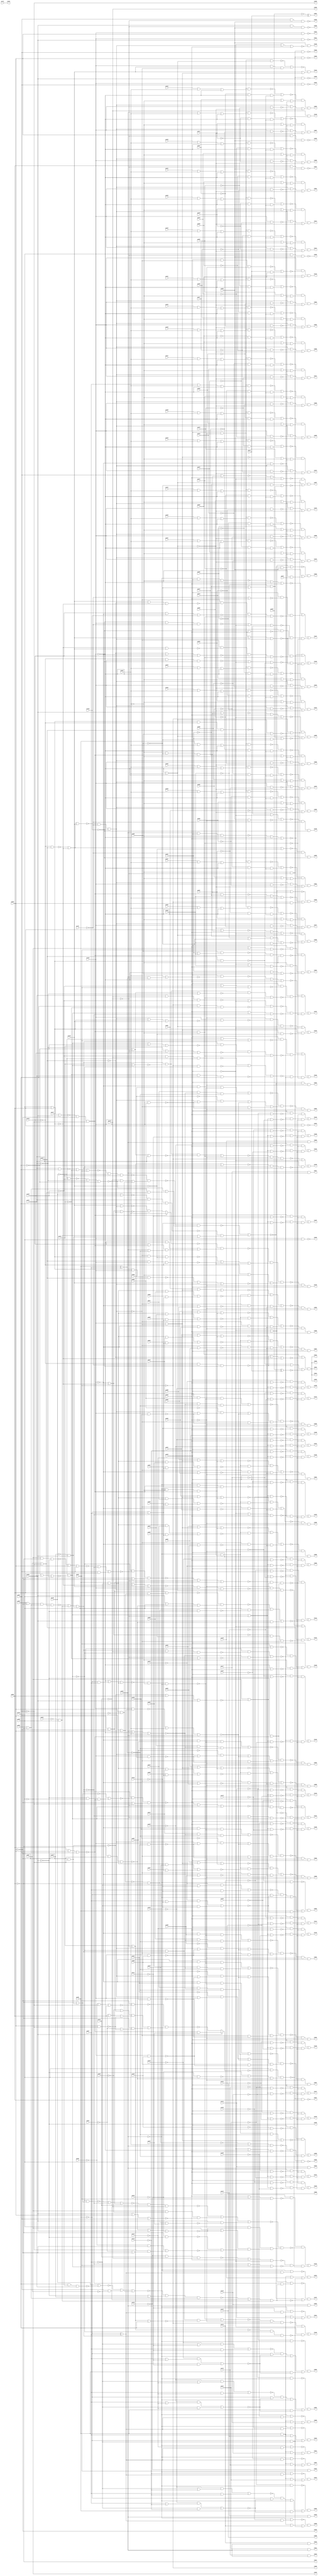
// Benchmark "frg2" written by ABC on Thu Mar 19 13:02:36 2020

module frg2 ( 
    pi000, pi001, pi002, pi003, pi004, pi005, pi006, pi007, pi008, pi009,
    pi010, pi011, pi012, pi013, pi014, pi015, pi016, pi017, pi018, pi019,
    pi020, pi021, pi022, pi023, pi024, pi025, pi026, pi027, pi028, pi029,
    pi030, pi031, pi032, pi033, pi034, pi035, pi036, pi037, pi038, pi039,
    pi040, pi041, pi042, pi043, pi044, pi045, pi046, pi047, pi048, pi049,
    pi050, pi051, pi052, pi053, pi054, pi055, pi056, pi057, pi058, pi059,
    pi060, pi061, pi062, pi063, pi064, pi065, pi066, pi067, pi068, pi069,
    pi070, pi071, pi072, pi073, pi074, pi075, pi076, pi077, pi078, pi079,
    pi080, pi081, pi082, pi083, pi084, pi085, pi086, pi087, pi088, pi089,
    pi090, pi091, pi092, pi093, pi094, pi095, pi096, pi097, pi098, pi099,
    pi100, pi101, pi102, pi103, pi104, pi105, pi106, pi107, pi108, pi109,
    pi110, pi111, pi112, pi113, pi114, pi115, pi116, pi117, pi118, pi119,
    pi120, pi121, pi122, pi123, pi124, pi125, pi126, pi127, pi128, pi129,
    pi130, pi131, pi132, pi133, pi134, pi135, pi136, pi137, pi138, pi139,
    pi140, pi141, pi142,
    po000, po001, po002, po003, po004, po005, po006, po007, po008, po009,
    po010, po011, po012, po013, po014, po015, po016, po017, po018, po019,
    po020, po021, po022, po023, po024, po025, po026, po027, po028, po029,
    po030, po031, po032, po033, po034, po035, po036, po037, po038, po039,
    po040, po041, po042, po043, po044, po045, po046, po047, po048, po049,
    po050, po051, po052, po053, po054, po055, po056, po057, po058, po059,
    po060, po061, po062, po063, po064, po065, po066, po067, po068, po069,
    po070, po071, po072, po073, po074, po075, po076, po077, po078, po079,
    po080, po081, po082, po083, po084, po085, po086, po087, po088, po089,
    po090, po091, po092, po093, po094, po095, po096, po097, po098, po099,
    po100, po101, po102, po103, po104, po105, po106, po107, po108, po109,
    po110, po111, po112, po113, po114, po115, po116, po117, po118, po119,
    po120, po121, po122, po123, po124, po125, po126, po127, po128, po129,
    po130, po131, po132, po133, po134, po135, po136, po137, po138  );
  input  pi000, pi001, pi002, pi003, pi004, pi005, pi006, pi007, pi008,
    pi009, pi010, pi011, pi012, pi013, pi014, pi015, pi016, pi017, pi018,
    pi019, pi020, pi021, pi022, pi023, pi024, pi025, pi026, pi027, pi028,
    pi029, pi030, pi031, pi032, pi033, pi034, pi035, pi036, pi037, pi038,
    pi039, pi040, pi041, pi042, pi043, pi044, pi045, pi046, pi047, pi048,
    pi049, pi050, pi051, pi052, pi053, pi054, pi055, pi056, pi057, pi058,
    pi059, pi060, pi061, pi062, pi063, pi064, pi065, pi066, pi067, pi068,
    pi069, pi070, pi071, pi072, pi073, pi074, pi075, pi076, pi077, pi078,
    pi079, pi080, pi081, pi082, pi083, pi084, pi085, pi086, pi087, pi088,
    pi089, pi090, pi091, pi092, pi093, pi094, pi095, pi096, pi097, pi098,
    pi099, pi100, pi101, pi102, pi103, pi104, pi105, pi106, pi107, pi108,
    pi109, pi110, pi111, pi112, pi113, pi114, pi115, pi116, pi117, pi118,
    pi119, pi120, pi121, pi122, pi123, pi124, pi125, pi126, pi127, pi128,
    pi129, pi130, pi131, pi132, pi133, pi134, pi135, pi136, pi137, pi138,
    pi139, pi140, pi141, pi142;
  output po000, po001, po002, po003, po004, po005, po006, po007, po008, po009,
    po010, po011, po012, po013, po014, po015, po016, po017, po018, po019,
    po020, po021, po022, po023, po024, po025, po026, po027, po028, po029,
    po030, po031, po032, po033, po034, po035, po036, po037, po038, po039,
    po040, po041, po042, po043, po044, po045, po046, po047, po048, po049,
    po050, po051, po052, po053, po054, po055, po056, po057, po058, po059,
    po060, po061, po062, po063, po064, po065, po066, po067, po068, po069,
    po070, po071, po072, po073, po074, po075, po076, po077, po078, po079,
    po080, po081, po082, po083, po084, po085, po086, po087, po088, po089,
    po090, po091, po092, po093, po094, po095, po096, po097, po098, po099,
    po100, po101, po102, po103, po104, po105, po106, po107, po108, po109,
    po110, po111, po112, po113, po114, po115, po116, po117, po118, po119,
    po120, po121, po122, po123, po124, po125, po126, po127, po128, po129,
    po130, po131, po132, po133, po134, po135, po136, po137, po138;
  wire new_n418_, new_n419_, new_n420_, new_n421_, new_n422_, new_n423_,
    new_n424_, new_n425_, new_n426_, new_n427_, new_n428_, new_n429_,
    new_n430_, new_n431_, new_n432_, new_n433_, new_n434_, new_n435_,
    new_n436_, new_n437_, new_n438_, new_n439_, new_n440_, new_n441_,
    new_n442_, new_n443_, new_n444_, new_n445_, new_n446_, new_n447_,
    new_n448_, new_n449_, new_n450_, new_n451_, new_n452_, new_n453_,
    new_n454_, new_n455_, new_n456_, new_n457_, new_n458_, new_n459_,
    new_n460_, new_n461_, new_n462_, new_n463_, new_n464_, new_n465_,
    new_n466_, new_n467_, new_n468_, new_n469_, new_n470_, new_n471_,
    new_n472_, new_n473_, new_n474_, new_n475_, new_n476_, new_n477_,
    new_n478_, new_n479_, new_n480_, new_n481_, new_n482_, new_n483_,
    new_n484_, new_n485_, new_n486_, new_n487_, new_n488_, new_n489_,
    new_n490_, new_n491_, new_n492_, new_n493_, new_n494_, new_n495_,
    new_n496_, new_n497_, new_n498_, new_n499_, new_n500_, new_n501_,
    new_n502_, new_n503_, new_n504_, new_n505_, new_n506_, new_n507_,
    new_n508_, new_n509_, new_n510_, new_n511_, new_n512_, new_n513_,
    new_n514_, new_n515_, new_n516_, new_n517_, new_n518_, new_n519_,
    new_n520_, new_n521_, new_n522_, new_n523_, new_n524_, new_n525_,
    new_n526_, new_n527_, new_n528_, new_n529_, new_n530_, new_n531_,
    new_n532_, new_n533_, new_n534_, new_n535_, new_n536_, new_n537_,
    new_n538_, new_n539_, new_n540_, new_n541_, new_n542_, new_n543_,
    new_n544_, new_n545_, new_n546_, new_n547_, new_n548_, new_n549_,
    new_n550_, new_n551_, new_n552_, new_n553_, new_n554_, new_n555_,
    new_n556_, new_n557_, new_n558_, new_n559_, new_n560_, new_n561_,
    new_n562_, new_n563_, new_n564_, new_n565_, new_n566_, new_n567_,
    new_n568_, new_n569_, new_n570_, new_n571_, new_n572_, new_n573_,
    new_n574_, new_n575_, new_n576_, new_n577_, new_n578_, new_n579_,
    new_n580_, new_n581_, new_n582_, new_n583_, new_n584_, new_n585_,
    new_n586_, new_n587_, new_n588_, new_n589_, new_n590_, new_n591_,
    new_n592_, new_n593_, new_n594_, new_n595_, new_n596_, new_n597_,
    new_n598_, new_n599_, new_n600_, new_n601_, new_n602_, new_n603_,
    new_n604_, new_n605_, new_n606_, new_n607_, new_n608_, new_n609_,
    new_n610_, new_n611_, new_n612_, new_n613_, new_n614_, new_n615_,
    new_n616_, new_n617_, new_n618_, new_n619_, new_n620_, new_n621_,
    new_n622_, new_n623_, new_n624_, new_n625_, new_n626_, new_n627_,
    new_n628_, new_n629_, new_n630_, new_n631_, new_n632_, new_n633_,
    new_n634_, new_n635_, new_n636_, new_n637_, new_n638_, new_n639_,
    new_n640_, new_n641_, new_n642_, new_n643_, new_n644_, new_n645_,
    new_n646_, new_n647_, new_n648_, new_n649_, new_n650_, new_n651_,
    new_n652_, new_n653_, new_n654_, new_n655_, new_n656_, new_n657_,
    new_n658_, new_n659_, new_n660_, new_n661_, new_n662_, new_n663_,
    new_n664_, new_n665_, new_n666_, new_n667_, new_n668_, new_n669_,
    new_n670_, new_n671_, new_n672_, new_n673_, new_n674_, new_n675_,
    new_n676_, new_n677_, new_n678_, new_n679_, new_n680_, new_n681_,
    new_n682_, new_n683_, new_n684_, new_n685_, new_n686_, new_n687_,
    new_n688_, new_n689_, new_n690_, new_n691_, new_n692_, new_n693_,
    new_n694_, new_n695_, new_n696_, new_n697_, new_n698_, new_n699_,
    new_n700_, new_n701_, new_n702_, new_n703_, new_n704_, new_n705_,
    new_n706_, new_n707_, new_n708_, new_n709_, new_n710_, new_n711_,
    new_n712_, new_n713_, new_n714_, new_n715_, new_n716_, new_n717_,
    new_n718_, new_n719_, new_n720_, new_n721_, new_n722_, new_n723_,
    new_n724_, new_n725_, new_n726_, new_n727_, new_n728_, new_n729_,
    new_n730_, new_n731_, new_n732_, new_n733_, new_n734_, new_n735_,
    new_n736_, new_n737_, new_n738_, new_n739_, new_n740_, new_n741_,
    new_n742_, new_n743_, new_n744_, new_n745_, new_n746_, new_n747_,
    new_n748_, new_n749_, new_n750_, new_n751_, new_n752_, new_n753_,
    new_n754_, new_n755_, new_n756_, new_n757_, new_n758_, new_n759_,
    new_n760_, new_n761_, new_n762_, new_n763_, new_n764_, new_n765_,
    new_n766_, new_n767_, new_n768_, new_n769_, new_n770_, new_n771_,
    new_n772_, new_n773_, new_n774_, new_n775_, new_n776_, new_n777_,
    new_n778_, new_n779_, new_n780_, new_n781_, new_n782_, new_n783_,
    new_n784_, new_n785_, new_n786_, new_n787_, new_n788_, new_n789_,
    new_n790_, new_n791_, new_n792_, new_n793_, new_n794_, new_n795_,
    new_n796_, new_n797_, new_n798_, new_n799_, new_n800_, new_n801_,
    new_n802_, new_n803_, new_n804_;
  assign po000 = ~pi057;
  assign po001 = ~new_n750_ & ((~new_n748_ & (~pi036 | ~new_n749_)) | ~pi038 | (pi036 & ~new_n749_));
  assign po002 = ~new_n753_ & ((~new_n751_ & (~pi036 | ~new_n752_)) | ~pi038 | (pi036 & ~new_n752_));
  assign po003 = ~new_n756_ & ((~new_n754_ & (~pi036 | ~new_n755_)) | ~pi038 | (pi036 & ~new_n755_));
  assign po004 = ~new_n759_ & ((~new_n757_ & (~pi036 | ~new_n758_)) | ~pi038 | (pi036 & ~new_n758_));
  assign po007 = ~new_n760_ & ((pi036 & pi037) | pi115 | (~pi036 & ~pi037));
  assign po008 = ~new_n761_ & ((pi036 & pi037) | pi116 | (~pi036 & ~pi037));
  assign po009 = ~new_n762_ & ((pi036 & pi037) | pi117 | (~pi036 & ~pi037));
  assign po010 = ~new_n763_ & ((pi036 & pi037) | pi118 | (~pi036 & ~pi037));
  assign po011 = ~new_n764_ & ((pi036 & pi037) | pi119 | (~pi036 & ~pi037));
  assign po012 = ~new_n765_ & ((pi036 & pi037) | pi120 | (~pi036 & ~pi037));
  assign po013 = ~new_n766_ & ((pi036 & pi037) | pi121 | (~pi036 & ~pi037));
  assign po014 = ~new_n767_ & ((pi036 & pi037) | pi122 | (~pi036 & ~pi037));
  assign po015 = pi115 & pi038;
  assign po016 = pi116 & pi038;
  assign po017 = pi117 & pi038;
  assign po018 = pi118 & pi038;
  assign po019 = pi119 & pi038;
  assign po020 = pi120 & pi038;
  assign po021 = pi121 & pi038;
  assign po022 = pi122 & pi038;
  assign po023 = ~pi138 & pi057;
  assign po025 = ~new_n768_;
  assign po026 = ~new_n769_;
  assign po027 = ~new_n770_;
  assign po028 = ~new_n771_;
  assign po029 = ~new_n772_;
  assign po030 = (pi064 | ~new_n775_) & (~new_n682_ | ~new_n773_ | ~new_n774_);
  assign po031 = (pi064 | ~new_n775_) & (~new_n682_ | ~new_n773_ | ~new_n774_);
  assign po032 = (pi064 | ~new_n775_) & (~new_n682_ | ~new_n773_ | ~new_n774_);
  assign po033 = (pi064 | ~new_n775_) & (~new_n682_ | ~new_n773_ | ~new_n774_);
  assign po034 = (pi064 | ~new_n775_) & (~new_n682_ | ~new_n773_ | ~new_n774_);
  assign po035 = ~new_n776_;
  assign po036 = ~new_n777_;
  assign po037 = ~new_n778_;
  assign po038 = ~new_n779_;
  assign po039 = ~new_n780_;
  assign po040 = ~new_n781_;
  assign po041 = ~new_n782_;
  assign po042 = ~new_n783_;
  assign po043 = ~new_n784_;
  assign po044 = ~new_n785_;
  assign po045 = ~pi058;
  assign po046 = ~pi059;
  assign po047 = ~pi060;
  assign po048 = ~pi061;
  assign po049 = ~pi062;
  assign po051 = ~pi056 ^ pi137;
  assign po052 = ~new_n786_ & ~pi131 & ~pi130;
  assign po053 = pi040 & ~new_n418_ & ~pi042;
  assign po054 = (pi040 & ~new_n421_ & ~new_n422_) | (~pi039 & ~new_n419_ & ~new_n420_);
  assign po055 = ~new_n427_ & (~pi057 | ~new_n426_) & (~new_n424_ | pi039 | ~new_n425_);
  assign po056 = ~new_n430_ & (~pi057 | ~new_n426_) & (~new_n424_ | pi039 | ~new_n429_);
  assign po057 = ~new_n433_ & (~pi057 | ~new_n426_) & (~new_n424_ | pi039 | ~new_n432_);
  assign po058 = ~new_n436_ & (~new_n435_ | (~pi057 & pi062));
  assign po059 = ~new_n438_ & (pi063 | (~pi039 & pi041));
  assign po060 = ~new_n442_ & (pi064 | ~pi039 | ~new_n441_) & (new_n445_ | ~new_n439_ | ~new_n440_);
  assign po061 = ~new_n447_ & (pi065 | ~pi039 | ~new_n441_) & (new_n445_ | ~new_n446_ | ~new_n440_);
  assign po062 = ~new_n450_ & (pi066 | ~pi039 | ~new_n441_) & (new_n445_ | ~new_n449_ | ~new_n440_);
  assign po063 = ~new_n453_ & (pi067 | ~pi039 | ~new_n441_) & (new_n445_ | ~new_n452_ | ~new_n440_);
  assign po064 = ~new_n456_ & (pi068 | ~pi039 | ~new_n441_) & (new_n445_ | ~new_n455_ | ~new_n440_);
  assign po065 = ~new_n459_ & (pi069 | ~pi039 | ~new_n441_) & (new_n445_ | ~new_n458_ | ~new_n440_);
  assign po066 = ~new_n462_ & (pi070 | ~pi039 | ~new_n441_) & (new_n445_ | ~new_n461_ | ~new_n440_);
  assign po067 = ~new_n465_ & (pi071 | ~pi039 | ~new_n441_) & (new_n445_ | ~new_n464_ | ~new_n440_);
  assign po068 = ~new_n468_ & (pi072 | ~pi039 | ~new_n441_) & (new_n445_ | ~new_n467_ | ~new_n440_);
  assign po069 = ~new_n471_ & (pi073 | ~pi039 | ~new_n441_) & (new_n445_ | ~new_n470_ | ~new_n440_);
  assign po070 = ~new_n474_ & (pi074 | ~pi039 | ~new_n441_) & (new_n445_ | ~new_n473_ | ~new_n440_);
  assign po071 = ~new_n477_ & (pi075 | ~pi039 | ~new_n441_) & (new_n445_ | ~new_n476_ | ~new_n440_);
  assign po072 = ~new_n480_ & (pi076 | ~pi039 | ~new_n441_) & (new_n445_ | ~new_n479_ | ~new_n440_);
  assign po073 = ~new_n483_ & (pi077 | ~pi039 | ~new_n441_) & (new_n445_ | ~new_n482_ | ~new_n440_);
  assign po074 = ~new_n486_ & (pi078 | ~pi039 | ~new_n441_) & (new_n445_ | ~new_n485_ | ~new_n440_);
  assign po075 = ~new_n489_ & (pi079 | ~pi039 | ~new_n441_) & (new_n445_ | ~new_n488_ | ~new_n440_);
  assign po076 = ~new_n492_ & (pi080 | ~pi039 | ~new_n441_) & (new_n445_ | ~new_n491_ | ~new_n440_);
  assign po077 = ~new_n495_ & (pi081 | ~pi039 | ~new_n441_) & (new_n445_ | ~new_n494_ | ~new_n440_);
  assign po078 = ~new_n498_ & (pi082 | ~pi039 | ~new_n441_) & (new_n445_ | ~new_n497_ | ~new_n440_);
  assign po079 = ~new_n501_ & (pi083 | ~pi039 | ~new_n441_) & (new_n445_ | ~new_n500_ | ~new_n440_);
  assign po080 = ~new_n504_ & (pi084 | ~pi039 | ~new_n441_) & (new_n445_ | ~new_n503_ | ~new_n440_);
  assign po081 = ~new_n507_ & (pi085 | ~pi039 | ~new_n441_) & (new_n445_ | ~new_n506_ | ~new_n440_);
  assign po082 = ~new_n510_ & (pi086 | ~pi039 | ~new_n441_) & (new_n445_ | ~new_n509_ | ~new_n440_);
  assign po083 = ~new_n512_ & ~pi042 & pi040;
  assign po084 = ~new_n517_ & ~pi042 & pi040;
  assign po085 = ~new_n521_ & ~pi042 & pi040;
  assign po086 = ~new_n525_ & ~pi042 & pi040;
  assign po087 = ~new_n529_ & ~pi042 & pi040;
  assign po088 = ~new_n533_ & ~pi042 & pi040;
  assign po089 = ~new_n537_ & ~pi042 & pi040;
  assign po090 = ~new_n541_ & ~pi042 & pi040;
  assign po091 = ~new_n545_ & ~pi042 & pi040;
  assign po092 = ~new_n554_ & ~pi042 & pi040;
  assign po093 = ~new_n557_ & ~pi042 & pi040;
  assign po094 = ~new_n560_ & ~pi042 & pi040;
  assign po095 = ~new_n563_ & ~pi042 & pi040;
  assign po096 = ~new_n566_ & ~pi042 & pi040;
  assign po097 = ~new_n569_ & ~pi042 & pi040;
  assign po098 = (pi040 & ~new_n574_ & ~new_n575_) | (~new_n572_ & ~new_n573_ & ~new_n550_);
  assign po099 = (pi040 & ~new_n579_ & ~new_n580_) | (~new_n576_ & ~new_n577_ & ~new_n578_);
  assign po100 = (pi040 & ~new_n597_ & ~new_n580_) | (~new_n576_ & ~new_n596_ & ~new_n578_);
  assign po101 = (pi040 & ~new_n599_ & ~new_n580_) | (~new_n576_ & ~new_n598_ & ~new_n578_);
  assign po102 = (pi040 & ~new_n601_ & ~new_n580_) | (~new_n576_ & ~new_n600_ & ~new_n578_);
  assign po103 = (pi040 & ~new_n603_ & ~new_n580_) | (~new_n576_ & ~new_n602_ & ~new_n578_);
  assign po104 = (pi040 & ~new_n605_ & ~new_n580_) | (~new_n576_ & ~new_n604_ & ~new_n578_);
  assign po105 = (pi040 & ~new_n607_ & ~new_n580_) | (~new_n576_ & ~new_n606_ & ~new_n578_);
  assign po106 = (pi040 & ~new_n609_ & ~new_n580_) | (~new_n576_ & ~new_n608_ & ~new_n578_);
  assign po107 = (pi040 & ~new_n611_ & ~new_n580_) | (~new_n576_ & ~new_n610_ & ~new_n578_);
  assign po108 = (pi040 & ~new_n613_ & ~new_n580_) | (~new_n576_ & ~new_n612_ & ~new_n578_);
  assign po109 = (pi040 & ~new_n615_ & ~new_n580_) | (~new_n576_ & ~new_n614_ & ~new_n578_);
  assign po110 = (pi040 & ~new_n617_ & ~new_n580_) | (~new_n576_ & ~new_n616_ & ~new_n578_);
  assign po111 = (pi040 & ~new_n619_ & ~new_n580_) | (~new_n576_ & ~new_n618_ & ~new_n578_);
  assign po112 = (pi040 & ~new_n621_ & ~new_n580_) | (~new_n576_ & ~new_n620_ & ~new_n578_);
  assign po113 = (pi040 & ~new_n623_ & ~new_n580_) | (~new_n576_ & ~new_n622_ & ~new_n578_);
  assign po114 = (pi040 & ~new_n625_ & ~new_n580_) | (~new_n576_ & ~new_n624_ & ~new_n578_);
  assign po115 = (pi040 & ~new_n627_ & ~new_n580_) | (~new_n576_ & ~new_n626_ & ~new_n578_);
  assign po116 = (pi040 & ~new_n629_ & ~new_n580_) | (~new_n576_ & ~new_n628_ & ~new_n578_);
  assign po117 = (pi040 & ~new_n631_ & ~new_n580_) | (~new_n576_ & ~new_n630_ & ~new_n578_);
  assign po118 = (pi040 & ~new_n633_ & ~new_n580_) | (~new_n576_ & ~new_n632_ & ~new_n578_);
  assign po119 = (pi040 & ~new_n635_ & ~new_n580_) | (~new_n576_ & ~new_n634_ & ~new_n578_);
  assign po120 = (pi040 & ~new_n637_ & ~new_n580_) | (~new_n576_ & ~new_n636_ & ~new_n578_);
  assign po121 = (pi040 & ~new_n641_ & ~new_n642_) | (~new_n638_ & ~new_n639_ & ~new_n640_);
  assign po122 = ~new_n653_ & (pi126 | (pi140 & ~new_n445_));
  assign po123 = ~new_n656_ | ~pi040 | (pi127 & ~new_n655_);
  assign po124 = ~new_n660_ | ~pi040 | (pi128 & ~new_n659_);
  assign po125 = ~new_n664_ & ~pi042 & pi040;
  assign po126 = ~new_n678_ | (pi040 & ~new_n676_ & ~new_n677_) | (~new_n673_ & ~new_n674_ & ~new_n675_);
  assign po127 = ~new_n687_ | (pi040 & ~new_n685_ & ~new_n686_) | (~new_n684_ & ~new_n674_ & ~new_n675_);
  assign po128 = pi040 & ((~new_n693_ & ~new_n694_) | (~pi039 & ~new_n695_));
  assign po129 = ~new_n699_ | ~pi040 | (pi133 & ~new_n698_);
  assign po130 = ~new_n704_ | ~pi040 | (pi134 & ~new_n703_);
  assign po131 = ~new_n713_ | (pi040 & ~new_n711_ & ~new_n712_) | (~new_n709_ & ~new_n710_ & ~new_n675_);
  assign po132 = ~new_n678_ | (pi040 & ~new_n720_ & ~new_n721_) | (~new_n719_ & ~new_n576_ & ~new_n675_);
  assign po133 = pi140 & ~new_n727_ & (pi137 | pi064);
  assign po134 = (pi040 & ~new_n731_ & ~new_n732_) | (~new_n729_ & ~new_n730_ & ~new_n640_);
  assign po135 = ~new_n743_ & ~pi131 & ~pi130;
  assign po136 = pi063 & ~new_n745_;
  assign po137 = ~new_n747_ & (~new_n418_ | ~new_n746_);
  assign po138 = pi139 & ~new_n576_;
  assign new_n418_ = ~new_n794_ | (~new_n793_ & ((~pi048 & pi058) | (~pi049 & pi059)));
  assign new_n419_ = ~pi040 | pi053 | pi042;
  assign new_n420_ = pi054 | ~new_n424_ | pi055;
  assign new_n421_ = pi042 | ~pi058 | pi057;
  assign new_n422_ = ~new_n423_ & new_n424_ & ~pi039;
  assign new_n423_ = pi055 & (pi054 | pi053);
  assign new_n424_ = ~new_n802_ & ~pi062 & ~pi061;
  assign new_n425_ = (~pi053 & (~pi054 | ~pi055)) | (pi054 & ~pi055);
  assign new_n426_ = pi039 | ~new_n424_ | pi055;
  assign new_n427_ = ~new_n428_ | pi042 | ~pi040;
  assign new_n428_ = pi059 | (~pi039 & ~pi055 & new_n424_);
  assign new_n429_ = (~pi054 & (~pi053 | ~pi055)) | (pi053 & ~pi055);
  assign new_n430_ = ~new_n431_ | pi042 | ~pi040;
  assign new_n431_ = pi060 | (~pi039 & ~pi055 & new_n424_);
  assign new_n432_ = (~pi054 & ~pi055) | (~pi053 & (~pi054 | ~pi055));
  assign new_n433_ = ~new_n434_ | pi042 | ~pi040;
  assign new_n434_ = pi061 | (~pi039 & ~pi055 & new_n424_);
  assign new_n435_ = ~new_n437_ | pi053 | pi039;
  assign new_n436_ = ~pi040 | pi042 | (~pi039 & ~pi055 & new_n424_);
  assign new_n437_ = new_n424_ & ~pi054;
  assign new_n438_ = ~pi040 | pi042 | (~new_n418_ & pi063);
  assign new_n439_ = pi140 & ~pi065;
  assign new_n440_ = ~new_n424_ | pi039;
  assign new_n441_ = ~pi140 | new_n445_;
  assign new_n442_ = ~new_n444_ | (~pi064 & ~new_n424_ & ~new_n443_);
  assign new_n443_ = pi140 & ~new_n445_;
  assign new_n444_ = pi040 & ~pi042 & (pi035 | pi039 | ~new_n424_);
  assign new_n445_ = ~new_n803_ & ~pi131 & ~pi130;
  assign new_n446_ = pi140 & ~pi066;
  assign new_n447_ = ~new_n448_ | (~pi065 & ~new_n424_ & ~new_n443_);
  assign new_n448_ = pi040 & ~pi042 & (pi034 | pi039 | ~new_n424_);
  assign new_n449_ = pi140 & ~pi067;
  assign new_n450_ = ~new_n451_ | (~pi066 & ~new_n424_ & ~new_n443_);
  assign new_n451_ = pi040 & ~pi042 & (pi033 | pi039 | ~new_n424_);
  assign new_n452_ = pi140 & ~pi068;
  assign new_n453_ = ~new_n454_ | (~pi067 & ~new_n424_ & ~new_n443_);
  assign new_n454_ = pi040 & ~pi042 & (pi032 | pi039 | ~new_n424_);
  assign new_n455_ = pi140 & ~pi069;
  assign new_n456_ = ~new_n457_ | (~pi068 & ~new_n424_ & ~new_n443_);
  assign new_n457_ = pi040 & ~pi042 & (pi031 | pi039 | ~new_n424_);
  assign new_n458_ = pi140 & ~pi070;
  assign new_n459_ = ~new_n460_ | (~pi069 & ~new_n424_ & ~new_n443_);
  assign new_n460_ = pi040 & ~pi042 & (pi030 | pi039 | ~new_n424_);
  assign new_n461_ = pi140 & ~pi071;
  assign new_n462_ = ~new_n463_ | (~pi070 & ~new_n424_ & ~new_n443_);
  assign new_n463_ = pi040 & ~pi042 & (pi029 | pi039 | ~new_n424_);
  assign new_n464_ = pi140 & ~pi072;
  assign new_n465_ = ~new_n466_ | (~pi071 & ~new_n424_ & ~new_n443_);
  assign new_n466_ = pi040 & ~pi042 & (pi038 | pi039 | ~new_n424_);
  assign new_n467_ = pi140 & ~pi073;
  assign new_n468_ = ~new_n469_ | (~pi072 & ~new_n424_ & ~new_n443_);
  assign new_n469_ = pi040 & ~pi042 & (pi036 | pi039 | ~new_n424_);
  assign new_n470_ = pi140 & ~pi074;
  assign new_n471_ = ~new_n472_ | (~pi073 & ~new_n424_ & ~new_n443_);
  assign new_n472_ = pi040 & ~pi042 & (pi037 | pi039 | ~new_n424_);
  assign new_n473_ = pi140 & ~pi075;
  assign new_n474_ = ~new_n475_ | (~pi074 & ~new_n424_ & ~new_n443_);
  assign new_n475_ = pi040 & ~pi042 & (pi016 | pi039 | ~new_n424_);
  assign new_n476_ = pi140 & ~pi076;
  assign new_n477_ = ~new_n478_ | (~pi075 & ~new_n424_ & ~new_n443_);
  assign new_n478_ = pi040 & ~pi042 & (pi017 | pi039 | ~new_n424_);
  assign new_n479_ = pi140 & ~pi077;
  assign new_n480_ = ~new_n481_ | (~pi076 & ~new_n424_ & ~new_n443_);
  assign new_n481_ = pi040 & ~pi042 & (pi018 | pi039 | ~new_n424_);
  assign new_n482_ = pi140 & ~pi078;
  assign new_n483_ = ~new_n484_ | (~pi077 & ~new_n424_ & ~new_n443_);
  assign new_n484_ = pi040 & ~pi042 & (pi019 | pi039 | ~new_n424_);
  assign new_n485_ = pi140 & ~pi079;
  assign new_n486_ = ~new_n487_ | (~pi078 & ~new_n424_ & ~new_n443_);
  assign new_n487_ = pi040 & ~pi042 & (pi020 | pi039 | ~new_n424_);
  assign new_n488_ = pi140 & ~pi080;
  assign new_n489_ = ~new_n490_ | (~pi079 & ~new_n424_ & ~new_n443_);
  assign new_n490_ = pi040 & ~pi042 & (pi021 | pi039 | ~new_n424_);
  assign new_n491_ = pi140 & ~pi081;
  assign new_n492_ = ~new_n493_ | (~pi080 & ~new_n424_ & ~new_n443_);
  assign new_n493_ = pi040 & ~pi042 & (pi022 | pi039 | ~new_n424_);
  assign new_n494_ = pi140 & ~pi082;
  assign new_n495_ = ~new_n496_ | (~pi081 & ~new_n424_ & ~new_n443_);
  assign new_n496_ = pi040 & ~pi042 & (pi023 | pi039 | ~new_n424_);
  assign new_n497_ = pi140 & ~pi083;
  assign new_n498_ = ~new_n499_ | (~pi082 & ~new_n424_ & ~new_n443_);
  assign new_n499_ = pi040 & ~pi042 & (pi024 | pi039 | ~new_n424_);
  assign new_n500_ = pi140 & ~pi084;
  assign new_n501_ = ~new_n502_ | (~pi083 & ~new_n424_ & ~new_n443_);
  assign new_n502_ = pi040 & ~pi042 & (pi025 | pi039 | ~new_n424_);
  assign new_n503_ = pi140 & ~pi085;
  assign new_n504_ = ~new_n505_ | (~pi084 & ~new_n424_ & ~new_n443_);
  assign new_n505_ = pi040 & ~pi042 & (pi026 | pi039 | ~new_n424_);
  assign new_n506_ = pi140 & ~pi086;
  assign new_n507_ = ~new_n508_ | (~pi085 & ~new_n424_ & ~new_n443_);
  assign new_n508_ = pi040 & ~pi042 & (pi027 | pi039 | ~new_n424_);
  assign new_n509_ = pi140 & ~pi087;
  assign new_n510_ = ~new_n511_ | (~pi086 & ~new_n424_ & ~new_n443_);
  assign new_n511_ = pi040 & ~pi042 & (pi028 | pi039 | ~new_n424_);
  assign new_n512_ = ~new_n516_ | (~pi038 & ~new_n440_ & ~new_n513_) | (~new_n445_ & ~new_n514_ & ~new_n515_);
  assign new_n513_ = (pi036 & ~pi037 & pi008) | (pi000 & (~pi036 | pi037));
  assign new_n514_ = ~pi140 | pi088;
  assign new_n515_ = ~pi038 & new_n424_ & ~pi039;
  assign new_n516_ = pi087 | (~new_n445_ & pi140) | (~pi038 & ~pi039 & new_n424_);
  assign new_n517_ = ~new_n520_ | (~pi038 & ~new_n440_ & ~new_n518_) | (~new_n445_ & ~new_n519_ & ~new_n515_);
  assign new_n518_ = (pi036 & ~pi037 & pi009) | (pi001 & (~pi036 | pi037));
  assign new_n519_ = ~pi140 | pi089;
  assign new_n520_ = pi088 | (~new_n445_ & pi140) | (~pi038 & ~pi039 & new_n424_);
  assign new_n521_ = ~new_n524_ | (~pi038 & ~new_n440_ & ~new_n522_) | (~new_n445_ & ~new_n523_ & ~new_n515_);
  assign new_n522_ = (pi036 & ~pi037 & pi010) | (pi002 & (~pi036 | pi037));
  assign new_n523_ = ~pi140 | pi090;
  assign new_n524_ = pi089 | (~new_n445_ & pi140) | (~pi038 & ~pi039 & new_n424_);
  assign new_n525_ = ~new_n528_ | (~pi038 & ~new_n440_ & ~new_n526_) | (~new_n445_ & ~new_n527_ & ~new_n515_);
  assign new_n526_ = (pi036 & ~pi037 & pi011) | (pi003 & (~pi036 | pi037));
  assign new_n527_ = ~pi140 | pi091;
  assign new_n528_ = pi090 | (~new_n445_ & pi140) | (~pi038 & ~pi039 & new_n424_);
  assign new_n529_ = ~new_n532_ | (~pi038 & ~new_n440_ & ~new_n530_) | (~new_n445_ & ~new_n531_ & ~new_n515_);
  assign new_n530_ = (pi036 & ~pi037 & pi012) | (pi004 & (~pi036 | pi037));
  assign new_n531_ = ~pi140 | pi092;
  assign new_n532_ = pi091 | (~new_n445_ & pi140) | (~pi038 & ~pi039 & new_n424_);
  assign new_n533_ = ~new_n536_ | (~pi038 & ~new_n440_ & ~new_n534_) | (~new_n445_ & ~new_n535_ & ~new_n515_);
  assign new_n534_ = (pi036 & ~pi037 & pi013) | (pi005 & (~pi036 | pi037));
  assign new_n535_ = ~pi140 | pi093;
  assign new_n536_ = pi092 | (~new_n445_ & pi140) | (~pi038 & ~pi039 & new_n424_);
  assign new_n537_ = ~new_n540_ | (~pi038 & ~new_n440_ & ~new_n538_) | (~new_n445_ & ~new_n539_ & ~new_n515_);
  assign new_n538_ = (pi036 & ~pi037 & pi014) | (pi006 & (~pi036 | pi037));
  assign new_n539_ = ~pi140 | pi094;
  assign new_n540_ = pi093 | (~new_n445_ & pi140) | (~pi038 & ~pi039 & new_n424_);
  assign new_n541_ = ~new_n544_ | (~pi038 & ~new_n440_ & ~new_n542_) | (~new_n445_ & ~new_n543_ & ~new_n515_);
  assign new_n542_ = (pi036 & ~pi037 & pi015) | (pi007 & (~pi036 | pi037));
  assign new_n543_ = ~pi140 | pi095;
  assign new_n544_ = pi094 | (~new_n445_ & pi140) | (~pi038 & ~pi039 & new_n424_);
  assign new_n545_ = ~new_n548_ & ((~pi095 & (new_n445_ | ~new_n546_)) | ~new_n547_ | (~new_n445_ & ~new_n546_));
  assign new_n546_ = pi140 & pi096;
  assign new_n547_ = ~new_n553_ | pi039 | pi038;
  assign new_n548_ = (~pi140 & pi095 & ~new_n551_) | (pi008 & ~new_n549_ & ~new_n550_);
  assign new_n549_ = pi038 | ~new_n424_ | pi039;
  assign new_n550_ = pi036 ^ pi037;
  assign new_n551_ = ~new_n552_ & ~pi039 & ~pi038;
  assign new_n552_ = ~new_n424_ | (~pi036 & pi037) | (pi036 & ~pi037);
  assign new_n553_ = new_n424_ & (~pi036 ^ pi037);
  assign new_n554_ = ~new_n556_ & ((~pi096 & (new_n445_ | ~new_n555_)) | ~new_n547_ | (~new_n445_ & ~new_n555_));
  assign new_n555_ = pi140 & pi097;
  assign new_n556_ = (~pi140 & pi096 & ~new_n551_) | (pi009 & ~new_n549_ & ~new_n550_);
  assign new_n557_ = ~new_n559_ & ((~pi097 & (new_n445_ | ~new_n558_)) | ~new_n547_ | (~new_n445_ & ~new_n558_));
  assign new_n558_ = pi140 & pi098;
  assign new_n559_ = (~pi140 & pi097 & ~new_n551_) | (pi010 & ~new_n549_ & ~new_n550_);
  assign new_n560_ = ~new_n562_ & ((~pi098 & (new_n445_ | ~new_n561_)) | ~new_n547_ | (~new_n445_ & ~new_n561_));
  assign new_n561_ = pi140 & pi099;
  assign new_n562_ = (~pi140 & pi098 & ~new_n551_) | (pi011 & ~new_n549_ & ~new_n550_);
  assign new_n563_ = ~new_n565_ & ((~pi099 & (new_n445_ | ~new_n564_)) | ~new_n547_ | (~new_n445_ & ~new_n564_));
  assign new_n564_ = pi140 & pi100;
  assign new_n565_ = (~pi140 & pi099 & ~new_n551_) | (pi012 & ~new_n549_ & ~new_n550_);
  assign new_n566_ = ~new_n568_ & ((~pi100 & (new_n445_ | ~new_n567_)) | ~new_n547_ | (~new_n445_ & ~new_n567_));
  assign new_n567_ = pi140 & pi101;
  assign new_n568_ = (~pi140 & pi100 & ~new_n551_) | (pi013 & ~new_n549_ & ~new_n550_);
  assign new_n569_ = ~new_n571_ & ((~pi101 & (new_n445_ | ~new_n570_)) | ~new_n547_ | (~new_n445_ & ~new_n570_));
  assign new_n570_ = pi140 & pi102;
  assign new_n571_ = (~pi140 & pi101 & ~new_n551_) | (pi014 & ~new_n549_ & ~new_n550_);
  assign new_n572_ = ~pi015 | pi039 | pi038;
  assign new_n573_ = ~pi040 | ~new_n424_ | pi042;
  assign new_n574_ = ~pi102 | pi042;
  assign new_n575_ = (~pi038 & ~new_n440_ & ~new_n550_) | (pi140 & ~new_n445_);
  assign new_n576_ = ~pi040 | ~new_n587_ | pi042;
  assign new_n577_ = new_n585_ | ~pi139 | ~pi104;
  assign new_n578_ = ~new_n593_ | (pi058 & ~new_n591_) | (pi059 & ~new_n592_);
  assign new_n579_ = ~pi103 | pi042;
  assign new_n580_ = ~new_n583_ & (~pi058 | ~new_n581_) & (~pi059 | ~new_n582_);
  assign new_n581_ = ~new_n590_ | pi060 | pi059;
  assign new_n582_ = pi060 | pi062 | pi061;
  assign new_n583_ = ~new_n584_ | ~pi139 | (pi062 & pi061);
  assign new_n584_ = ~new_n585_ & ~new_n586_ & (~pi062 | ~pi060);
  assign new_n585_ = ~pi136 & ~new_n804_;
  assign new_n586_ = ~new_n588_ | ~new_n587_ | (pi061 & pi060);
  assign new_n587_ = ~new_n788_ | (pi058 & ~pi048) | (pi059 & ~pi049);
  assign new_n588_ = ~new_n589_ | pi062 | pi061;
  assign new_n589_ = ~pi058 & ~pi060 & ~pi059;
  assign new_n590_ = ~pi062 & ~pi061;
  assign new_n591_ = ~new_n595_ & ~pi060 & ~pi059;
  assign new_n592_ = ~pi060 & ~pi062 & ~pi061;
  assign new_n593_ = ~new_n594_ & (pi059 | pi058 | ~new_n592_);
  assign new_n594_ = (pi061 & pi062) | (pi060 & (pi061 | pi062));
  assign new_n595_ = pi062 | pi061;
  assign new_n596_ = new_n585_ | ~pi139 | ~pi105;
  assign new_n597_ = ~pi104 | pi042;
  assign new_n598_ = new_n585_ | ~pi139 | ~pi106;
  assign new_n599_ = ~pi105 | pi042;
  assign new_n600_ = new_n585_ | ~pi139 | ~pi107;
  assign new_n601_ = ~pi106 | pi042;
  assign new_n602_ = new_n585_ | ~pi139 | ~pi108;
  assign new_n603_ = ~pi107 | pi042;
  assign new_n604_ = new_n585_ | ~pi139 | ~pi109;
  assign new_n605_ = ~pi108 | pi042;
  assign new_n606_ = new_n585_ | ~pi139 | ~pi110;
  assign new_n607_ = ~pi109 | pi042;
  assign new_n608_ = new_n585_ | ~pi139 | ~pi111;
  assign new_n609_ = ~pi110 | pi042;
  assign new_n610_ = new_n585_ | ~pi139 | ~pi112;
  assign new_n611_ = ~pi111 | pi042;
  assign new_n612_ = new_n585_ | ~pi139 | ~pi113;
  assign new_n613_ = ~pi112 | pi042;
  assign new_n614_ = new_n585_ | ~pi139 | ~pi114;
  assign new_n615_ = ~pi113 | pi042;
  assign new_n616_ = new_n585_ | ~pi139 | ~pi115;
  assign new_n617_ = ~pi114 | pi042;
  assign new_n618_ = new_n585_ | ~pi139 | ~pi116;
  assign new_n619_ = ~pi115 | pi042;
  assign new_n620_ = new_n585_ | ~pi139 | ~pi117;
  assign new_n621_ = ~pi116 | pi042;
  assign new_n622_ = new_n585_ | ~pi139 | ~pi118;
  assign new_n623_ = ~pi117 | pi042;
  assign new_n624_ = new_n585_ | ~pi139 | ~pi119;
  assign new_n625_ = ~pi118 | pi042;
  assign new_n626_ = new_n585_ | ~pi139 | ~pi120;
  assign new_n627_ = ~pi119 | pi042;
  assign new_n628_ = new_n585_ | ~pi139 | ~pi121;
  assign new_n629_ = ~pi120 | pi042;
  assign new_n630_ = new_n585_ | ~pi139 | ~pi122;
  assign new_n631_ = ~pi121 | pi042;
  assign new_n632_ = new_n585_ | ~pi139 | ~pi123;
  assign new_n633_ = ~pi122 | pi042;
  assign new_n634_ = new_n585_ | ~pi139 | ~pi124;
  assign new_n635_ = ~pi123 | pi042;
  assign new_n636_ = new_n585_ | ~pi139 | ~pi125;
  assign new_n637_ = ~pi124 | pi042;
  assign new_n638_ = pi042 | ~pi040;
  assign new_n639_ = ~new_n587_ | ~pi139 | new_n585_;
  assign new_n640_ = (pi058 | ~new_n648_) & (~pi043 | ~new_n647_ | ~new_n592_);
  assign new_n641_ = ~pi125 | pi042;
  assign new_n642_ = ~new_n643_ & (~pi058 | ~new_n581_) & (~pi059 | ~new_n582_);
  assign new_n643_ = ~new_n644_ | ~pi139 | new_n585_;
  assign new_n644_ = new_n587_ & ~new_n645_ & (~pi062 | ~pi061);
  assign new_n645_ = ~new_n646_ | (~pi059 & ~pi058 & ~new_n582_);
  assign new_n646_ = ~pi060 | (~pi061 & ~pi062);
  assign new_n647_ = ~pi059 & pi058;
  assign new_n648_ = pi059 ? (~new_n582_ & pi044) : ~new_n649_;
  assign new_n649_ = ~new_n651_ & (((~pi045 | ~new_n590_) & (~pi047 | pi060 | ~new_n650_)) | (~pi060 & (~pi047 | ~new_n650_)));
  assign new_n650_ = pi062 & ~pi061;
  assign new_n651_ = ~pi062 & ~new_n652_;
  assign new_n652_ = ~pi046 | ~pi061 | pi060;
  assign new_n653_ = ~new_n654_ | (pi140 & pi126 & ~new_n445_);
  assign new_n654_ = pi040 & ~pi042 & (pi039 | ~new_n424_);
  assign new_n655_ = ~new_n445_ & pi140 & ~pi126;
  assign new_n656_ = ~pi042 & ~new_n657_ & (~new_n424_ | pi039);
  assign new_n657_ = pi140 & ~new_n658_;
  assign new_n658_ = new_n445_ | pi127 | pi126;
  assign new_n659_ = ~new_n663_ & ~pi126 & ~new_n445_;
  assign new_n660_ = ~pi042 & ~new_n661_ & (~new_n424_ | pi039);
  assign new_n661_ = ~new_n662_ & pi140 & ~pi128;
  assign new_n662_ = new_n445_ | ~pi127 | pi126;
  assign new_n663_ = ~pi140 | ~pi127;
  assign new_n664_ = ~new_n668_ & (~new_n665_ | ~new_n666_ | ~new_n440_) & (~pi129 | ~pi039 | ~new_n667_);
  assign new_n665_ = ~new_n445_ & pi127 & ~pi126;
  assign new_n666_ = pi128 & pi140 & ~pi129;
  assign new_n667_ = ~new_n672_ | pi126 | new_n445_;
  assign new_n668_ = ~new_n669_ & ((pi129 & ~new_n424_) | ((pi129 | new_n424_) & (pi038 | ~new_n550_)));
  assign new_n669_ = new_n424_ ? pi039 : (~new_n670_ & ~new_n671_);
  assign new_n670_ = pi126 | new_n445_;
  assign new_n671_ = ~pi127 | ~pi140 | ~pi128;
  assign new_n672_ = pi127 & pi140 & pi128;
  assign new_n673_ = ~new_n683_ | ~pi040 | ~new_n682_;
  assign new_n674_ = pi042 | pi126 | new_n445_;
  assign new_n675_ = new_n424_ & ~pi039;
  assign new_n676_ = ~pi130 | pi042;
  assign new_n677_ = (~new_n445_ & ~new_n680_ & ~new_n681_) | (new_n424_ & ~pi039);
  assign new_n678_ = ~new_n679_ | ~new_n424_ | pi042;
  assign new_n679_ = pi038 & pi040 & ~pi039;
  assign new_n680_ = ~pi127 | pi126;
  assign new_n681_ = ~pi128 | ~pi140 | pi129;
  assign new_n682_ = pi128 & pi127;
  assign new_n683_ = ~pi129 & pi140 & ~pi130;
  assign new_n684_ = ~new_n692_ | ~pi040 | ~new_n691_;
  assign new_n685_ = ~pi131 | pi042;
  assign new_n686_ = (~new_n445_ & ~new_n689_ & ~new_n690_) | (new_n424_ & ~pi039);
  assign new_n687_ = ~new_n688_ | ~new_n424_ | pi042;
  assign new_n688_ = ~pi038 & pi040 & ~pi039;
  assign new_n689_ = pi126 | ~pi128 | ~pi127;
  assign new_n690_ = pi129 | ~pi140 | pi130;
  assign new_n691_ = pi127 & ~pi129 & pi128;
  assign new_n692_ = ~pi130 & pi140 & ~pi131;
  assign new_n693_ = pi057 | pi042;
  assign new_n694_ = (~pi132 & ~new_n697_) | (~new_n585_ & new_n587_ & ~new_n696_);
  assign new_n695_ = ~new_n424_ | pi042;
  assign new_n696_ = ~pi139 | ~pi132;
  assign new_n697_ = new_n587_ & pi139 & ~new_n585_;
  assign new_n698_ = ~new_n702_ & ~new_n585_ & new_n587_;
  assign new_n699_ = ~new_n700_ & ~pi042 & ~pi057;
  assign new_n700_ = (new_n424_ & ~pi039) | (~new_n585_ & new_n587_ & ~new_n701_);
  assign new_n701_ = pi132 | ~pi139 | pi133;
  assign new_n702_ = ~pi139 | pi132;
  assign new_n703_ = ~new_n708_ & ~new_n585_ & new_n587_;
  assign new_n704_ = ~new_n705_ & ~pi042 & ~pi057;
  assign new_n705_ = (new_n587_ & ~new_n706_ & ~new_n707_) | (new_n424_ & ~pi039);
  assign new_n706_ = pi132 | new_n585_;
  assign new_n707_ = ~pi133 | ~pi139 | pi134;
  assign new_n708_ = pi132 | ~pi139 | ~pi133;
  assign new_n709_ = ~new_n718_ | ~pi040 | ~new_n717_;
  assign new_n710_ = pi042 | new_n585_ | ~new_n587_;
  assign new_n711_ = pi042 | ~pi135 | pi057;
  assign new_n712_ = (new_n587_ & ~new_n706_ & ~new_n716_) | (new_n424_ & ~pi039);
  assign new_n713_ = ~new_n714_ | ~new_n424_ | pi042;
  assign new_n714_ = pi040 & ~new_n715_;
  assign new_n715_ = pi039 | (pi038 & (pi036 ^ pi037));
  assign new_n716_ = ~pi133 | ~pi139 | ~pi134;
  assign new_n717_ = ~pi057 & pi133 & ~pi132;
  assign new_n718_ = pi134 & pi139 & ~pi135;
  assign new_n719_ = ~new_n726_ | ~new_n724_ | ~new_n725_;
  assign new_n720_ = pi042 | ~pi136 | pi057;
  assign new_n721_ = (new_n587_ & ~new_n722_ & ~new_n723_) | (new_n424_ & ~pi039);
  assign new_n722_ = new_n585_ | ~pi133 | pi132;
  assign new_n723_ = ~pi134 | ~pi139 | pi135;
  assign new_n724_ = ~pi057 & ~new_n585_;
  assign new_n725_ = ~pi132 & pi134 & pi133;
  assign new_n726_ = ~pi135 & pi139 & ~pi136;
  assign new_n727_ = ~new_n728_ | (pi137 & pi064);
  assign new_n728_ = pi040 & ~new_n445_ & ~pi042;
  assign new_n729_ = ~new_n742_ | pi042 | ~pi040;
  assign new_n730_ = ~new_n587_ | pi057 | new_n585_;
  assign new_n731_ = pi042 | ~pi138 | pi057;
  assign new_n732_ = ~new_n736_ & ((pi058 & ~new_n735_) | ((~pi058 | ~new_n735_) & (~new_n733_ | ~new_n734_)));
  assign new_n733_ = ~pi060 & ~pi059;
  assign new_n734_ = (~pi046 & ~pi062) | (~pi061 & (~pi047 | ~pi062));
  assign new_n735_ = ~new_n592_ | pi059 | ~pi043;
  assign new_n736_ = ~new_n739_ | (~pi058 & ~pi045 & ~new_n737_) | (pi059 & ~new_n738_);
  assign new_n737_ = pi059 | pi062 | pi061;
  assign new_n738_ = ~new_n595_ & ~pi060 & pi044;
  assign new_n739_ = ~new_n740_ & pi142 & pi139;
  assign new_n740_ = ~new_n741_ | ~new_n587_ | (pi062 & pi061);
  assign new_n741_ = ~new_n585_ & (~pi060 | (~pi061 & ~pi062));
  assign new_n742_ = ~pi138 & pi142 & pi139;
  assign new_n743_ = ~new_n691_ | ~pi040 | ~new_n744_;
  assign new_n744_ = pi063 & ~pi042;
  assign new_n745_ = ~pi040 | new_n445_ | pi042;
  assign new_n746_ = ~new_n789_ | ~pi142 | (pi058 & ~pi048);
  assign new_n747_ = ~pi040 | pi042 | (~new_n587_ & new_n746_);
  assign new_n748_ = (~pi106 & (~pi037 | ~pi114)) | (pi037 & ~pi114);
  assign new_n749_ = (~pi106 & (pi037 | ~pi114)) | (~pi037 & ~pi114);
  assign new_n750_ = ~pi122 & ~pi038;
  assign new_n751_ = (~pi105 & (~pi037 | ~pi113)) | (pi037 & ~pi113);
  assign new_n752_ = (~pi105 & (pi037 | ~pi113)) | (~pi037 & ~pi113);
  assign new_n753_ = ~pi121 & ~pi038;
  assign new_n754_ = (~pi104 & (~pi037 | ~pi112)) | (pi037 & ~pi112);
  assign new_n755_ = (~pi104 & (pi037 | ~pi112)) | (~pi037 & ~pi112);
  assign new_n756_ = ~pi120 & ~pi038;
  assign new_n757_ = (~pi103 & (~pi037 | ~pi111)) | (pi037 & ~pi111);
  assign new_n758_ = (~pi103 & (pi037 | ~pi111)) | (~pi037 & ~pi111);
  assign new_n759_ = ~pi119 & ~pi038;
  assign new_n760_ = ~pi038 | (~pi107 & (~pi036 ^ pi037));
  assign new_n761_ = ~pi038 | (~pi108 & (~pi036 ^ pi037));
  assign new_n762_ = ~pi038 | (~pi109 & (~pi036 ^ pi037));
  assign new_n763_ = ~pi038 | (~pi110 & (~pi036 ^ pi037));
  assign new_n764_ = ~pi038 | (~pi111 & (~pi036 ^ pi037));
  assign new_n765_ = ~pi038 | (~pi112 & (~pi036 ^ pi037));
  assign new_n766_ = ~pi038 | (~pi113 & (~pi036 ^ pi037));
  assign new_n767_ = ~pi038 | (~pi114 & (~pi036 ^ pi037));
  assign new_n768_ = ~pi039 & ~pi139 & pi058;
  assign new_n769_ = ~pi039 & ~pi139 & pi059;
  assign new_n770_ = ~pi039 & ~pi139 & pi060;
  assign new_n771_ = ~pi039 & ~pi139 & pi061;
  assign new_n772_ = ~pi039 & ~pi139 & pi062;
  assign new_n773_ = ~pi129 & ~pi131 & ~pi130;
  assign new_n774_ = pi056 ^ pi137;
  assign new_n775_ = ~new_n773_ | ~pi128 | ~pi127;
  assign new_n776_ = pi058 & ~pi139 & pi063;
  assign new_n777_ = pi059 & ~pi139 & pi063;
  assign new_n778_ = pi060 & ~pi139 & pi063;
  assign new_n779_ = pi061 & ~pi139 & pi063;
  assign new_n780_ = pi062 & ~pi139 & pi063;
  assign new_n781_ = pi140 & pi058;
  assign new_n782_ = pi140 & pi059;
  assign new_n783_ = pi140 & pi060;
  assign new_n784_ = pi140 & pi061;
  assign new_n785_ = pi140 & pi062;
  assign new_n786_ = ~new_n787_ | ~pi127 | ~pi126;
  assign new_n787_ = ~pi129 & pi128;
  assign new_n788_ = (pi052 | ~pi062) & (pi050 | ~pi060) & (pi051 | ~pi061);
  assign new_n789_ = ~new_n790_ & (~pi059 | pi049) & (~pi060 | pi050);
  assign new_n790_ = ~new_n791_ | (pi061 & ~pi051) | (pi062 & ~pi052);
  assign new_n791_ = pi136 | ~new_n792_;
  assign new_n792_ = pi133 & ~pi135 & pi134;
  assign new_n793_ = ~new_n801_ & pi134 & pi133;
  assign new_n794_ = ~new_n796_ & (~new_n795_ | ((~pi060 | pi050) & (~pi061 | pi051)));
  assign new_n795_ = ~new_n800_ | ~pi134 | ~pi133;
  assign new_n796_ = ~new_n797_ & (~pi142 | ~new_n795_ | (~pi052 & pi062));
  assign new_n797_ = ~new_n798_ & ~pi136 & ~pi135;
  assign new_n798_ = ~new_n799_ | ~pi132 | pi057;
  assign new_n799_ = pi134 & pi133;
  assign new_n800_ = ~pi136 & ~pi135;
  assign new_n801_ = pi136 | pi135;
  assign new_n802_ = pi058 | pi060 | pi059;
  assign new_n803_ = ~new_n787_ | ~pi127 | pi126;
  assign new_n804_ = ~pi133 | pi135 | ~pi134;
  assign po005 = pi123;
  assign po006 = pi124;
  assign po024 = pi141;
  assign po050 = pi139;
endmodule